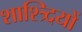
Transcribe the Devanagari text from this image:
शाश्त्र्दियों